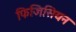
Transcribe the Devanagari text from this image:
फिजिसियन